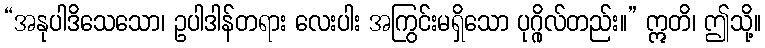
“အနုပါဒိသေသော၊ ဥပါဒါန်တရား လေးပါး အကြွင်းမရှိသော ပုဂ္ဂိုလ်တည်း။” ဣတိ၊ ဤသို့။